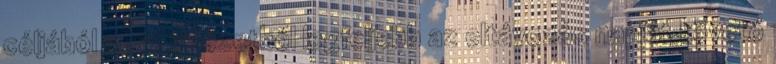
céljából a bv. intézetből legfeljebb az eltávozás napját követő